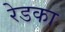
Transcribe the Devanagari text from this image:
रेडका